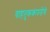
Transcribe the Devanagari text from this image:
वाहतुककंपनीचे